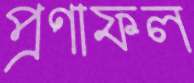
প্রণাফল